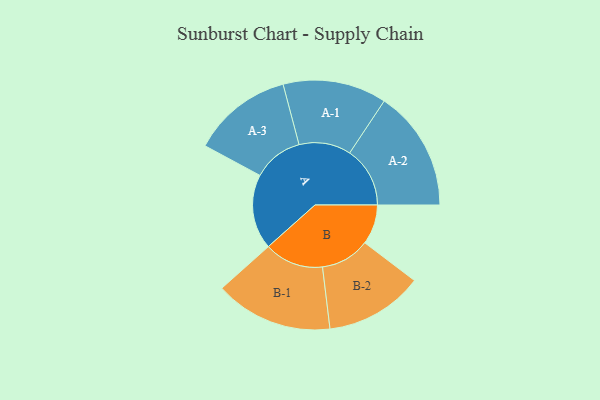
{"axis": {"x": "Segment", "y": "Value"}, "legend": ["", "A", "B"], "data": [{"x": "A", "y": 354, "type": ""}, {"x": "B", "y": 188, "type": ""}, {"x": "A-1", "y": 245, "type": "A"}, {"x": "A-2", "y": 285, "type": "A"}, {"x": "A-3", "y": 237, "type": "A"}, {"x": "B-1", "y": 279, "type": "B"}, {"x": "B-2", "y": 232, "type": "B"}]}